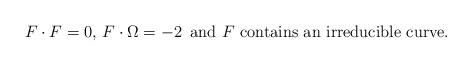
LaTeX: \begin{align*} F \cdot F=0, \, F \cdot \Omega=-2 \,\mbox{ and } F\mbox{ contains an irreducible curve.}\end{align*}